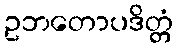
ဥဘတောပဒိတ္တံ